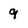
Character: 9